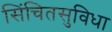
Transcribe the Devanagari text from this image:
सिंचितसुविधा